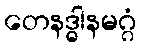
တေနဒ္ဓါနမဂ္ဂံ